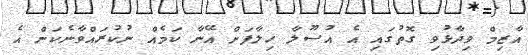
އާޒިމް ވިދާޅުވި ގޮތުގައި އެ އުސޫލާ ހިލާފަށް އޭނާ ކަމެއް ނުކުރައްވާނެކަން އެ